Annual administration report of the Civil Veterinary Department, Sind - 1937-1938
Year: 1937
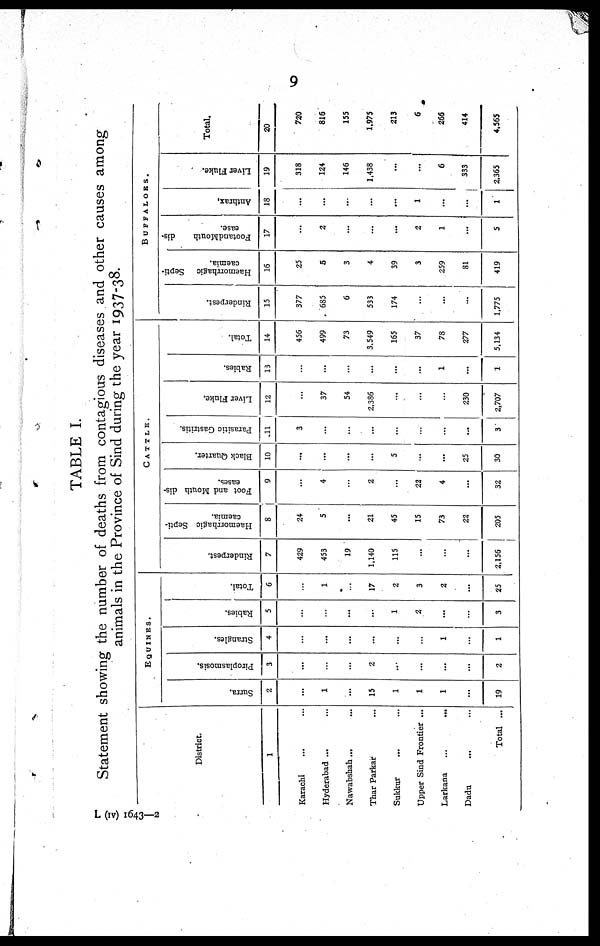
9
TABLE I.
Statement showing the number of deaths from contagious diseases and other causes among
animals in the Province of Sind during the year 1937-38.
L (iv) 1643—2
District.
1
Karachi ... ...
Hyderabad ... ...
Nawabshah ... ...
Thar Parkar ...
Sukkur ... ...
Upper Sind Frontier ...
Larkana
...
...
Dadu ... ...
Total ...
EQUINES.
Surra.
2
...
1
...
15
1
1
1
...
19
Piroplasmosis.
3
...
...
...
2
...
...
...
...
2
Strangles.
4
...
...
...
...
...
...
1
...
1
Rabies.
5
...
...
...
...
1
2
...
...
3
Total.
6
...
1
...
17
2
3
2
...
25
CATTLE.
Rinderpest.
7
429
453
19
1,140
115
...
...
...
2,156
Haemorrhagic Septi-
caemia.
8
24
5
...
21
45
15
73
22
205
Foot and Mouth dis-
eases.
9
...
4
...
2
...
22
4
...
32
Black Quarter.
10
...
...
...
...
5
...
...
25
30
Parasitic Gastritis.
11
3
...
...
...
...
...
...
...
3
Liver Fluke.
12
...
37
54
2,386
...
...
...
230
2,707
Rabies.
13
...
...
...
...
...
...
1
...
1
Total.
14
456
499
73
3.549
165
37
78
277
5,134
BUFFALOES.
Rinderpest.
15
377
685
6
533
174
...
...
...
1,775
Haemorrhagic
Septi-
caemia.
16
25
5
3
4
39
3
259
81
419
FootandMouth
dis-
ease.
17
...
2
...
...
...
2
1
...
5
Anthrax,
18
...
...
...
...
...
1
...
...
1
Liver Fluke.
19
318
124
146
1,438
...
...
6
333
2,365
Total.
20
720
816
155
1,975
213
6
266
414
4.565